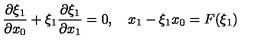
\frac { \partial \xi _ { 1 } } { \partial x _ { 0 } } + \xi _ { 1 } \frac { \partial \xi _ { 1 } } { \partial x _ { 1 } } = 0 , \quad x _ { 1 } - \xi _ { 1 } x _ { 0 } = F ( \xi _ { 1 } )